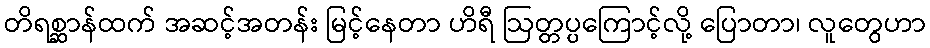
တိရစ္ဆာန်ထက် အဆင့်အတန်း မြင့်နေတာ ဟိရီ ဩတ္တပ္ပကြောင့်လို့ ပြောတာ၊ လူတွေဟာ